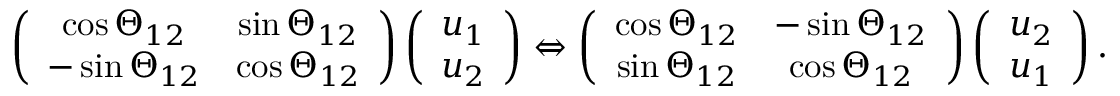
\begin{array} { r } { \left( \begin{array} { c c } { \cos \Theta _ { 1 2 } } & { \sin \Theta _ { 1 2 } } \\ { - \sin \Theta _ { 1 2 } } & { \cos \Theta _ { 1 2 } } \end{array} \right) \left( \begin{array} { c } { u _ { 1 } } \\ { u _ { 2 } } \end{array} \right) \Leftrightarrow \left( \begin{array} { c c } { \cos \Theta _ { 1 2 } } & { - \sin \Theta _ { 1 2 } } \\ { \sin \Theta _ { 1 2 } } & { \cos \Theta _ { 1 2 } } \end{array} \right) \left( \begin{array} { c } { u _ { 2 } } \\ { u _ { 1 } } \end{array} \right) . } \end{array}